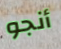
أنجو